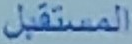
المستقبل